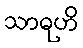
သာဓုဟိ